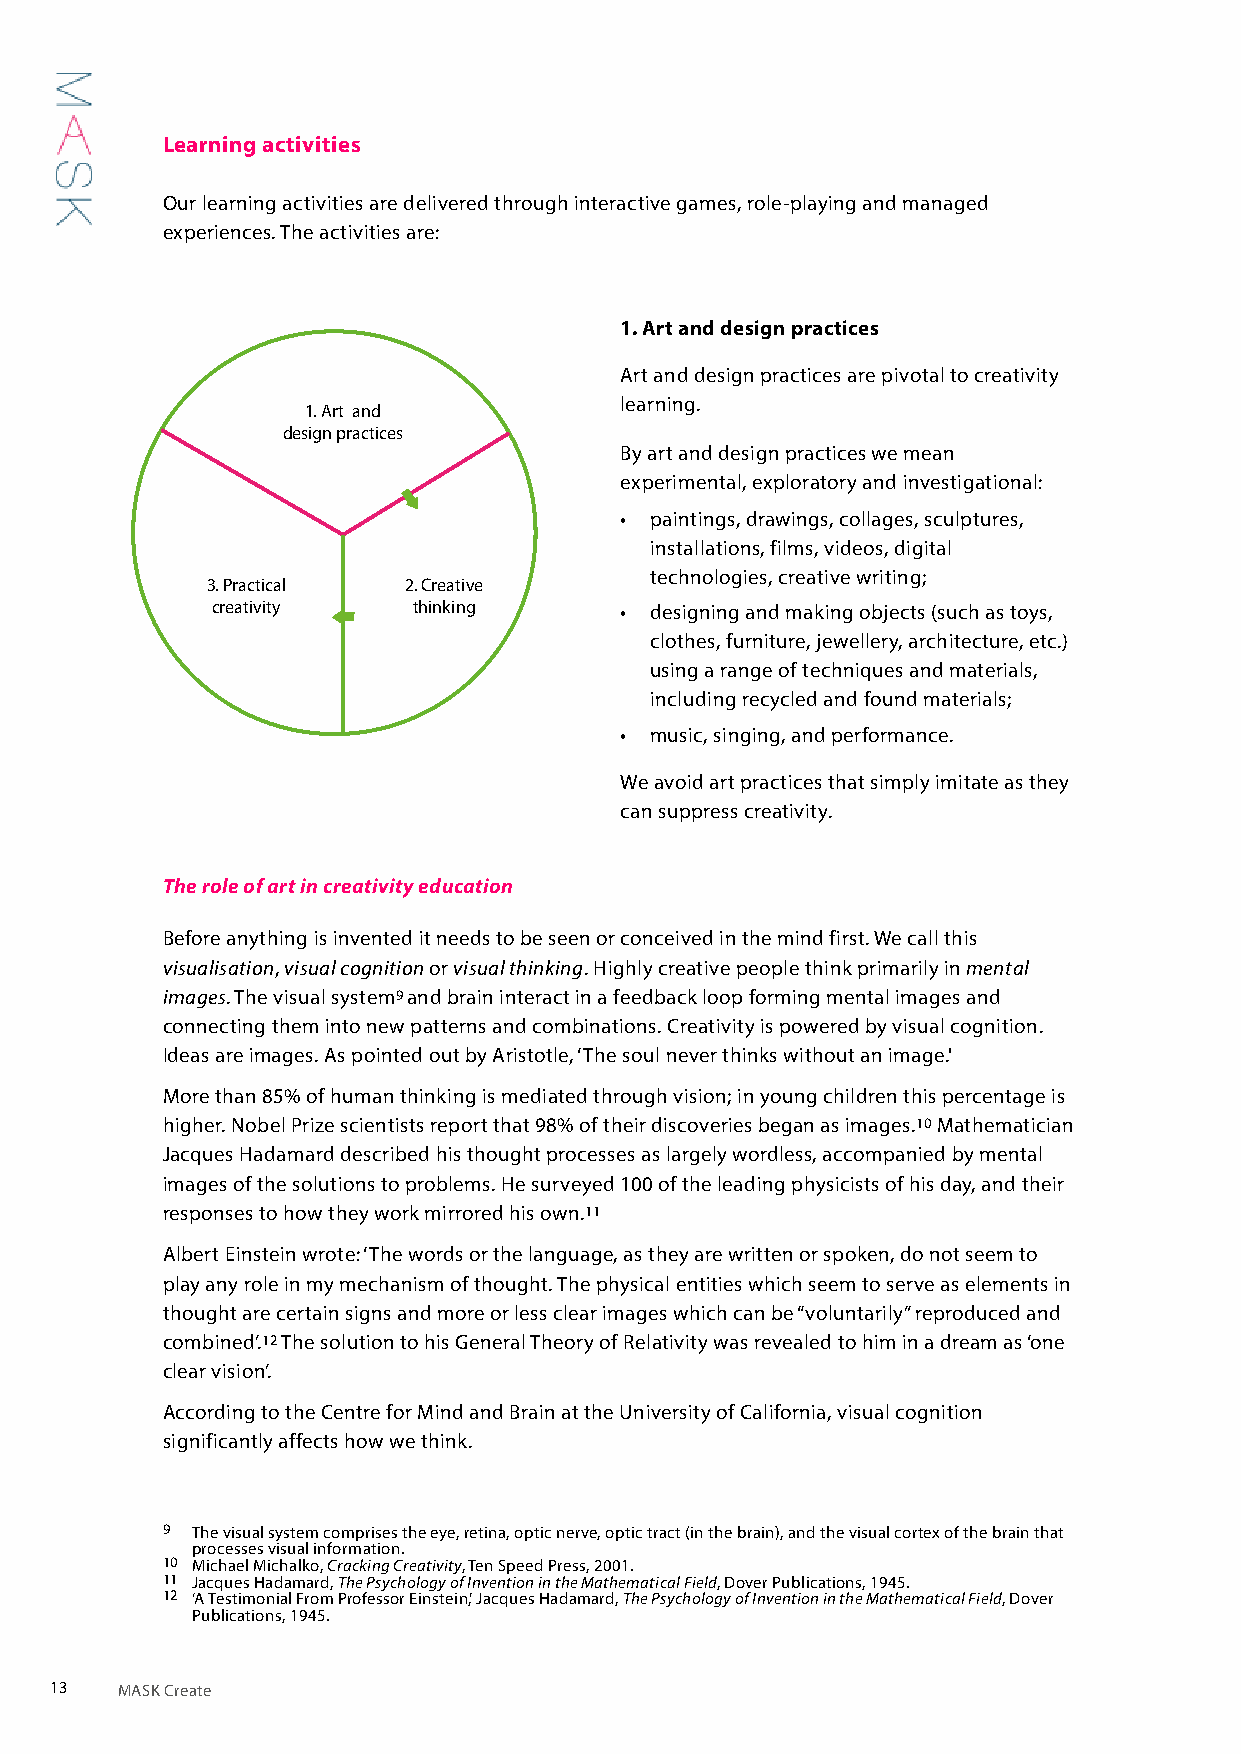
Learning activities
 Our learning activities are delivered through interactive games, role-playing and managed
 experiences. The activities are:
 1. Art and design practices
 Art and design practices are pivotal to creativity
 learning.
 1. Art and
 design practices
 By art and design practices we mean
 experimental, exploratory and investigational:
 • paintings, drawings, collages, sculptures,
 installations, films, videos, digital
 technologies, creative writing;
 3. Practical 2. Creative
 creativity   thinking      • designing and making objects (such as toys,
 clothes, furniture, jewellery, architecture, etc.)
 using a range of techniques and materials,
 including recycled and found materials;
 • music, singing, and performance.
 We avoid art practices that simply imitate as they
 can suppress creativity.
 The role of art in creativity education
 Before anything is invented it needs to be seen or conceived in the mind first. We call this
 visualisation, visual cognition or visual thinking. Highly creative people think primarily in mental
 images. The visual system9 and brain interact in a feedback loop forming mental images and
 connecting them into new patterns and combinations. Creativity is powered by visual cognition.
 Ideas are images. As pointed out by Aristotle, ‘The soul never thinks without an image.'
 More than 85% of human thinking is mediated through vision; in young children this percentage is
 higher. Nobel Prize scientists report that 98% of their discoveries began as images.10 Mathematician
 Jacques Hadamard described his thought processes as largely wordless, accompanied by mental
 images of the solutions to problems. He surveyed 100 of the leading physicists of his day, and their
 responses to how they work mirrored his own.11
 Albert Einstein wrote: ‘The words or the language, as they are written or spoken, do not seem to
 play any role in my mechanism of thought. The physical entities which seem to serve as elements in
 thought are certain signs and more or less clear images which can be “voluntarily” reproduced and
 combined’.12 The solution to his General Theory of Relativity was revealed to him in a dream as ‘one
 clear vision’.
 According to the Centre for Mind and Brain at the University of California, visual cognition
 significantly affects how we think.
 9 The visual system comprises the eye, retina, optic nerve, optic tract (in the brain), and the visual cortex of the brain that
 processes visual information.
 10 Michael Michalko, Cracking Creativity, Ten Speed Press, 2001.
 11 Jacques Hadamard, The Psychology of Invention in the Mathematical Field, Dover Publications, 1945.
 12 ‘A Testimonial From Professor Einstein’, Jacques Hadamard, The Psychology of Invention in the Mathematical Field, Dover
 Publications, 1945.
 13   MASK Create